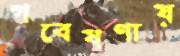
গবেষণায়